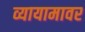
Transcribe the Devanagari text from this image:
व्यायामावर